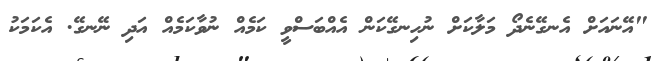
"އޭނައަށް އެނގޭނެދޯ މަލާކަށް ނުހިނގޭކަން އެއްބަސްވީ ކަމެއް ނުވާކަމެއް އަދި ނޭނގޭ. އެކަމަކު